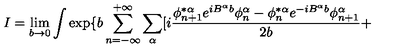
I = \lim _ { b \rightarrow 0 } \int \exp \{ b \sum _ { n = - \infty } ^ { + \infty } \sum _ { \alpha } [ i \frac { \phi _ { n + 1 } ^ { * \alpha } e ^ { i B ^ { \alpha } b } \phi _ { n } ^ { \alpha } - \phi _ { n } ^ { * \alpha } e ^ { - i B ^ { \alpha } b } \phi _ { n + 1 } ^ { \alpha } } { 2 b } +